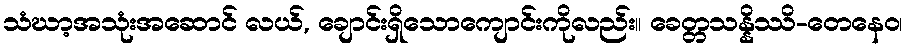
သံဃာ့အသုံးအဆောင် လယ်, ချောင်းရှိသောကျောင်းကိုလည်း။ ခေတ္တသန္နိဿိ-တေနေဝ၊